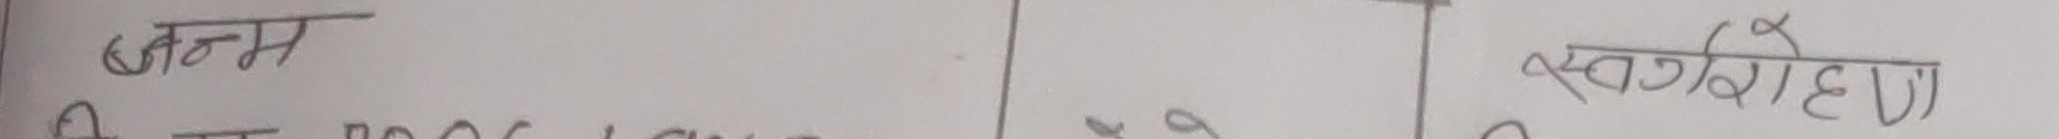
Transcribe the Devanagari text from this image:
जन्म
बि.सं. २०७८ /०९/ ०४
स्वर्गारोहण